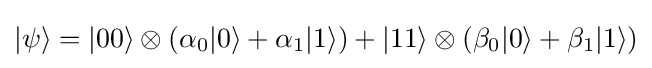
|\psi \rangle =|00\rangle \otimes (\alpha _{0}|0\rangle +\alpha _{1}|1\rangle )+|11\rangle \otimes (\beta _{0}|0\rangle +\beta _{1}|1\rangle )